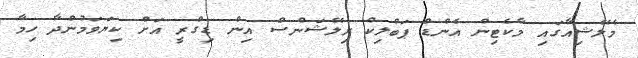
މެލޭޝިއާގައި މާކެޓިން އެންޑް ޕަބްލިކް ރިލޭޝަންސް އިން ޑިގްރީ އަށް ކިޔަވަމުންދާ ހިމާ